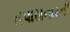
તપાસનારની